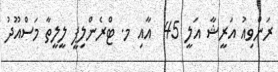
ރަންވިއު އަރީޝާ އަލީ 45  އާއި މ. ޓްރެންލިޕީ ލީލީތާ މަސްއޫދު